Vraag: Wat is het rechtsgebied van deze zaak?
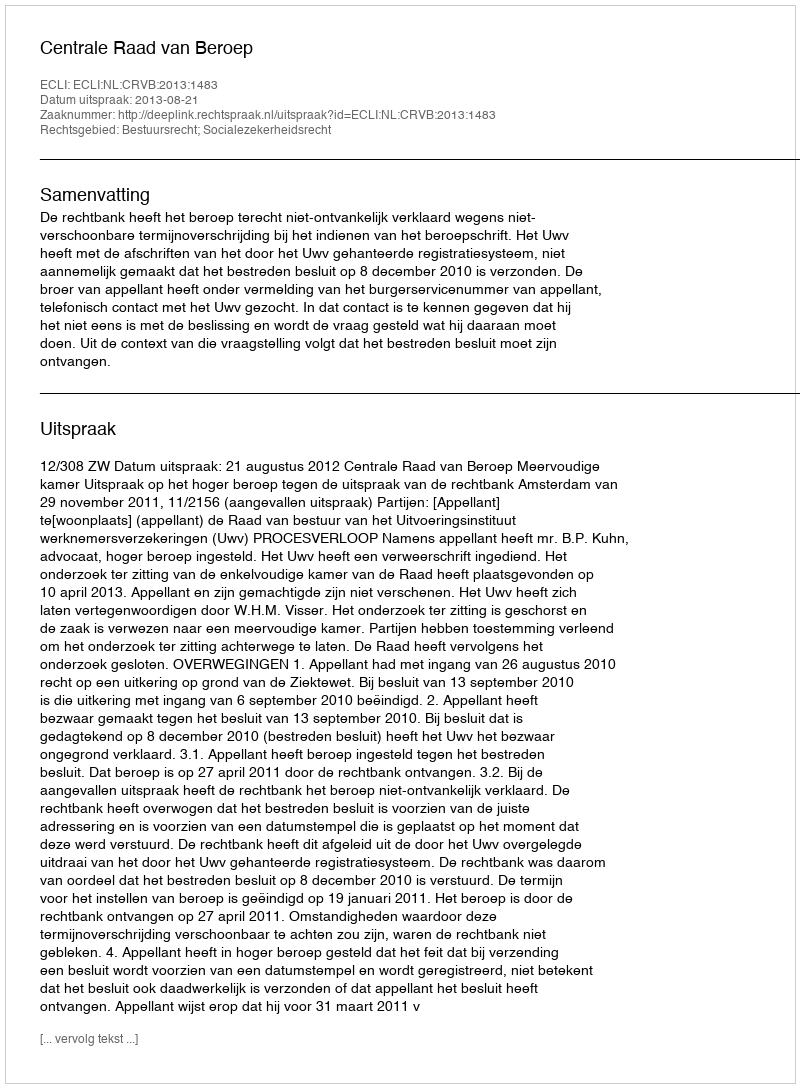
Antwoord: Bestuursrecht; Socialezekerheidsrecht